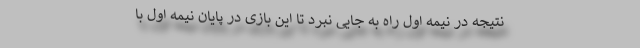
نتیجه در نیمه اول راه به جایی نبرد تا این بازی در پایان نیمه اول با